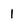
Character: 1